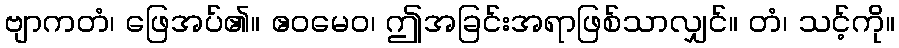
ဗျာကတံ၊ ဖြေအပ်၏။ ဧဝမေဝ၊ ဤအခြင်းအရာဖြစ်သာလျှင်။ တံ၊ သင့်ကို။